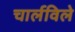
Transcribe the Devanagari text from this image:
चार्लविले